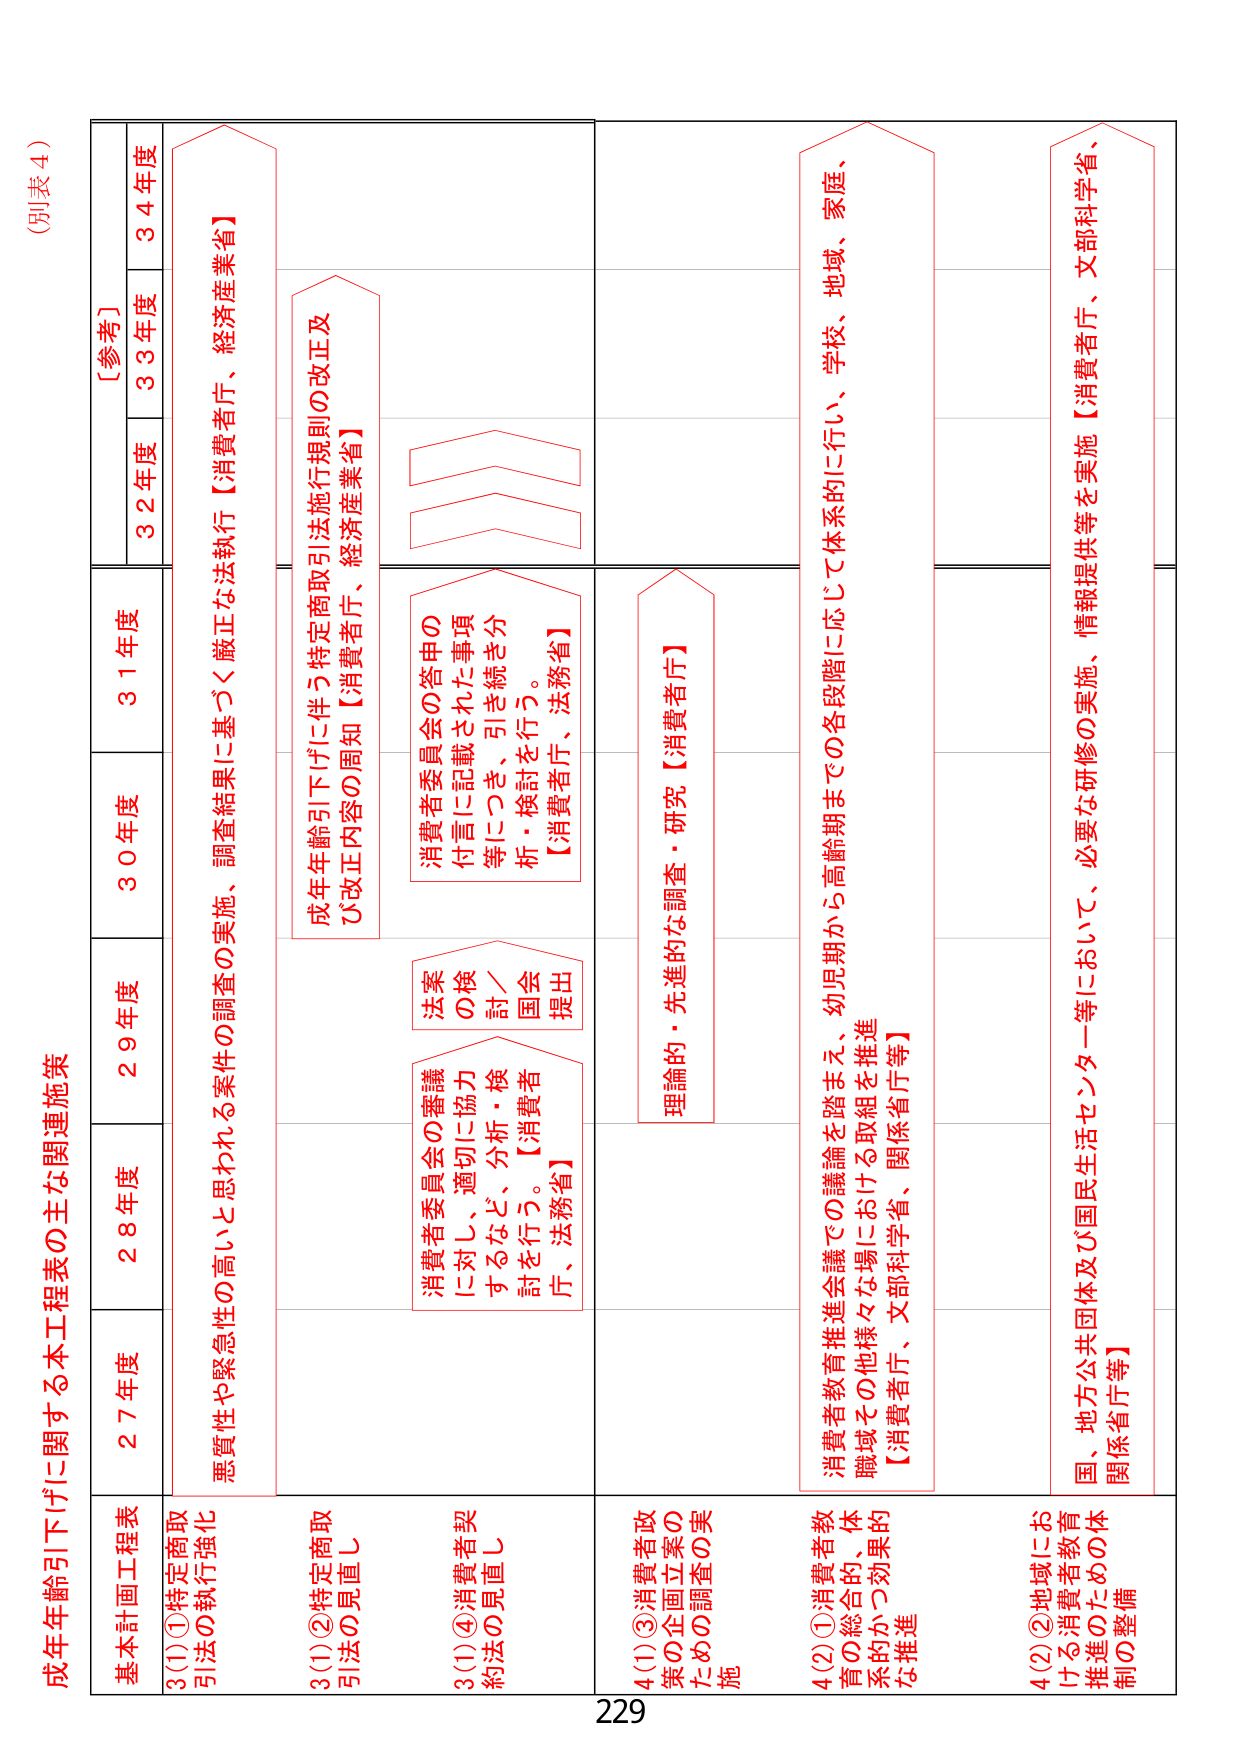
(別表４)

成年年齢引下げに関する本工程表の主な関連施策

基本計画工程表
27年度 28年度 29年度 30年度 31年度 32年度 33年度 34年度
［参考］

3(1)①特定商取引法の執行強化
悪質性や緊急性の高いと思われる案件の調査の実施、調査結果に基づく厳正な法執行【消費者庁、経済産業省】

3(1)②特定商取引法の見直し
成年年齢引下げに伴う特定商取引法施行規則の改正及び改正内容の周知【消費者庁、経済産業省】

3(1)④消費者契約法の見直し
消費者委員会の審議に対し、適切に協力するなど、分析・検討を行う。【消費者庁、法務省】
法案の検討／国会提出
消費者委員会の答申の付言に記載された事項等につき、引き続き分析・検討を行う。【消費者庁、法務省】

4(1)③消費者政策の企画立案のための調査の実施
理論的・先進的な調査・研究【消費者庁】

4(2)①消費者教育の総合的、体系的かつ効果的な推進
消費者教育推進会議での議論を踏まえ、幼児期から高齢期までの各段階に応じて体系的に行い、学校、地域、家庭、職域その他様々な場における取組を推進【消費者庁、文部科学省、関係省庁等】

4(2)②地域における消費者教育推進のための体制の整備
国、地方公共団体及び国民生活センター等において、必要な研修の実施、情報提供等を実施【消費者庁、文部科学省、関係省庁等】

229